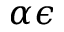
\alpha \epsilon